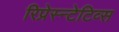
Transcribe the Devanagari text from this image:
रिप्रेस्न्टेटिव्स